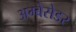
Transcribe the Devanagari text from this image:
अम्बेसेडर